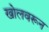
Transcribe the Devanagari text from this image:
खोलवरून